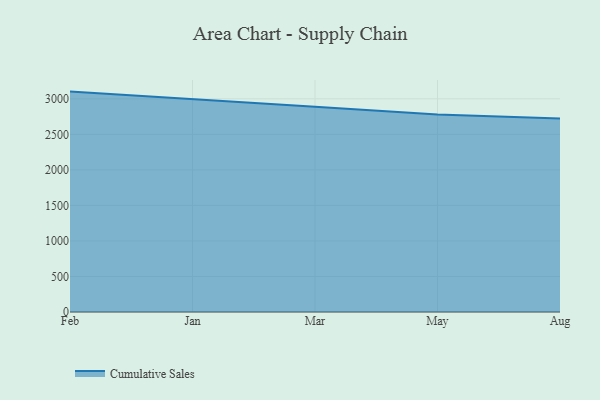
{"axis": {"x": "Month", "y": "Net Income (USD K)"}, "legend": ["Cumulative Sales"], "data": [{"x": "Feb", "y": 3101.7, "type": "Cumulative Sales"}, {"x": "Jan", "y": 2998.5, "type": "Cumulative Sales"}, {"x": "Mar", "y": 2888.9, "type": "Cumulative Sales"}, {"x": "May", "y": 2779.1, "type": "Cumulative Sales"}, {"x": "Aug", "y": 2724.0, "type": "Cumulative Sales"}]}